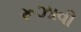
રૂઝાવી